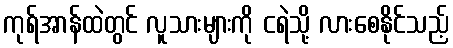
ကုရ်အာန်ထဲတွင် လူသားများကို ငရဲသို့ လားစေနိုင်သည့်